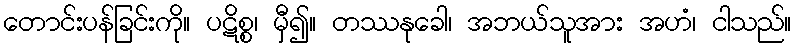
တောင်းပန်ခြင်းကို။ ပဋိစ္စ၊ မှီ၍။ တဿနုခေါ၊ အဘယ်သူအား အဟံ၊ ငါသည်။